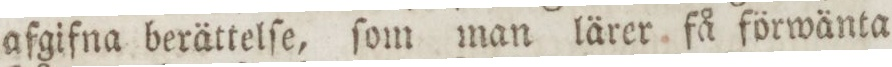
afgifna berättelſe, ſom man lärer få förwänta